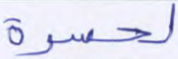
لحسرة